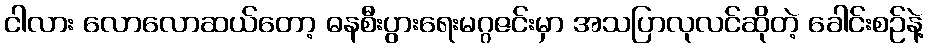
ငါလား လောလောဆယ်တော့ ဓနစီးပွားရေးမဂ္ဂဇင်းမှာ အသပြာလုလင်ဆိုတဲ့ ခေါင်းစဉ်နဲ့